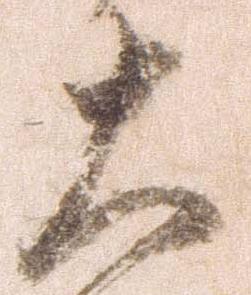
大